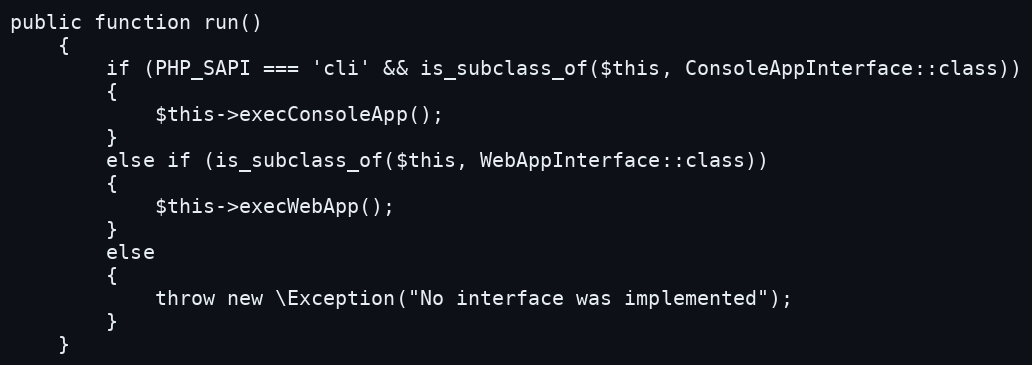
Language: PHP
public function run()
    {
        if (PHP_SAPI === 'cli' && is_subclass_of($this, ConsoleAppInterface::class))
        {
            $this->execConsoleApp();
        }
        else if (is_subclass_of($this, WebAppInterface::class))
        {
            $this->execWebApp();
        }
        else
        {
            throw new \Exception("No interface was implemented");
        }
    }